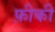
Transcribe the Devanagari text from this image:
फ़ीकी